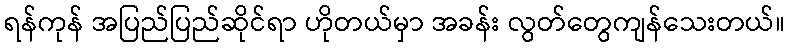
ရန်ကုန် အပြည်ပြည်ဆိုင်ရာ ဟိုတယ်မှာ အခန်း လွတ်တွေကျန်သေးတယ်။